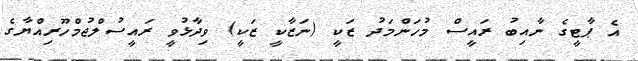
އެ ޕާޓީގެ ނާއިބު ރައީސް މުހަންމަދު ޒަކީ (ނަޒާކީ ޒަކީ) ވިދާޅުވީ ރައީސުލްޖުމްހޫރިއްޔާގެ